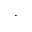
\cdot